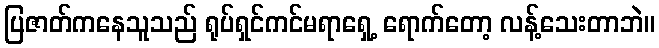
ပြဇာတ်ကနေသူသည် ရုပ်ရှင်ကင်မရာရှေ့ ရောက်တော့ လန့်သေးတာဘဲ။